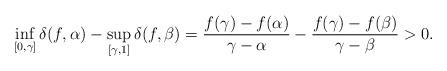
LaTeX: \begin{align*}\inf_{[0, \gamma]}\delta(f, \alpha)-\sup_{[ \gamma, 1]} \delta(f, \beta)=\frac{f(\gamma)-f(\alpha)}{\gamma-\alpha}-\frac{f(\gamma)-f(\beta)}{\gamma-\beta}>0.\end{align*}